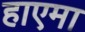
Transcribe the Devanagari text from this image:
हाएमा